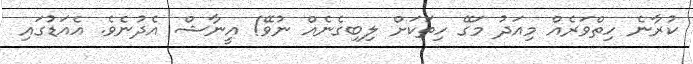
ކުރާނެ ހިތްވަރެއް މިއަދު މަގޭ ހިތަކަށް ލިބިގެނެއް ނުވޭ! އީނާޝް އެދުނެވެ. އެއަޑުގައި